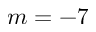
m = - 7